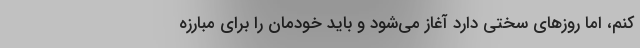
کنم، اما روزهای سختی دارد آغاز می‌‌شود و باید خودمان را برای مبارزه